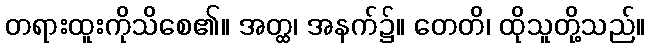
တရားထူးကိုသိစေ၏။ အတ္ထ၊ အနက်၌။ တေတိ၊ ထိုသူတို့သည်။